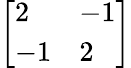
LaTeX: \left[{\begin{array}{ll}{2}&{-1}\\ {-1}&{2}\end{array}}\right]